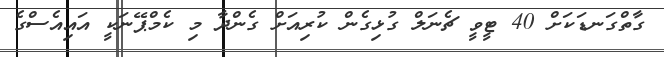
ގާތްގަނޑަކަށް 40 ޓީވީ ޗެނަލް ގުޅިގެން ކުރިއަށް ގެންދާ މި ކެމްޕޭނަކީ އައިއެސްގެ